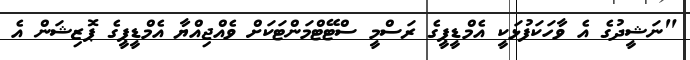
"ނަޝީދުގެ އެ ވާހަކަފުޅަކީ އެމްޑީޕީގެ ރަސްމީ ސްޓޭޓްމަންޓަކަށް ވެއްޖިއްޔާ އެމްޑީޕީގެ ޕޮޒިޝަން އެ